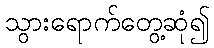
သွားရောက်တွေ့ဆုံ၍